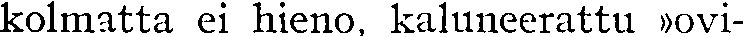
kolmatta ei hieno, kaluneerattu »ovi-